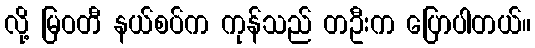
လို့ မြဝတီ နယ်စပ်က ကုန်သည် တဦးက ပြောပါတယ်။